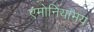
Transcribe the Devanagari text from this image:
एमोनियामय